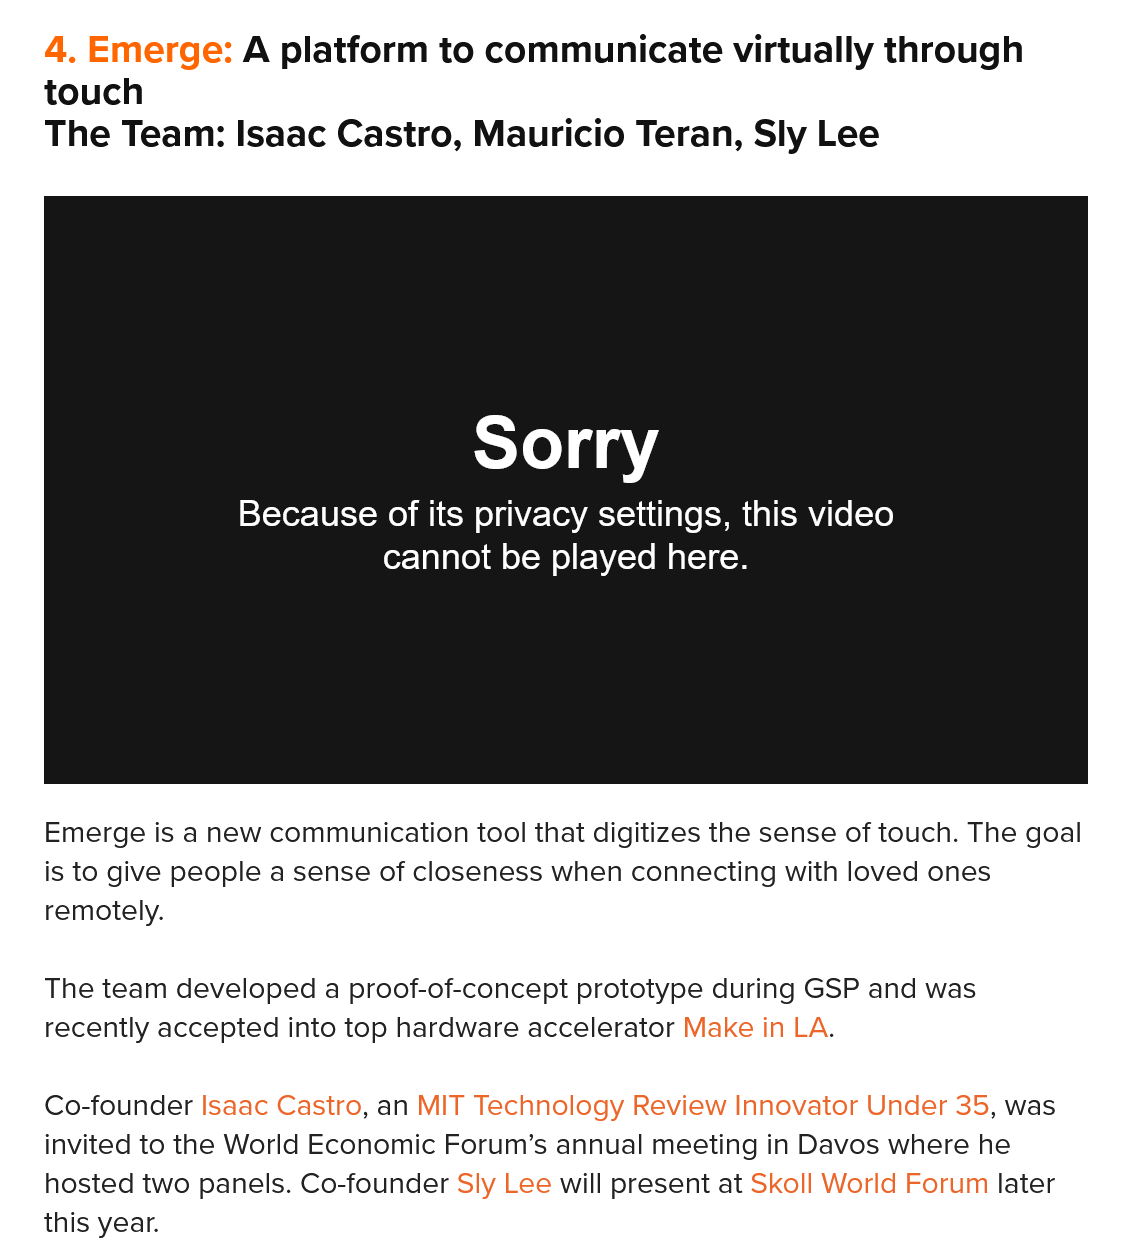
Sorry
     Because of its privacy settings, this video
     cannot be  played  here.
   4. Emerge:   A  platform  to communicate   virtually  through
   touch
   The  Team:   Isaac Castro,  Mauricio  Teran,  Sly Lee
     Sorry
     Because of its privacy settings, this video
     cannot be  played  here.
   Emerge is a new communication tool that digitizes the sense of touch. The goal
   is to give people a sense of closeness when connecting with loved ones
   remotely.
   The team developed a proof-of-concept prototype during GSP and was
   recently accepted into top hardware accelerator Make in LA.
   Co-founder Isaac Castro, an MIT Technology Review Innovator Under 35, was
   invited to the World Economic Forum’s annual meeting in Davos where he
   hosted two panels. Co-founder Sly Lee will present at Skoll World Forum later
   this year.